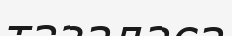
тазаласа